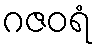
ဂဇဝရံ